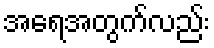
အရေအတွက်လည်း